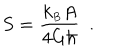
S = { \frac { k _ { \scriptscriptstyle B } A } { 4 G \hbar } } \ \ .